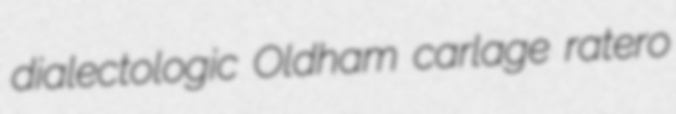
dialectologic Oldham carlage ratero